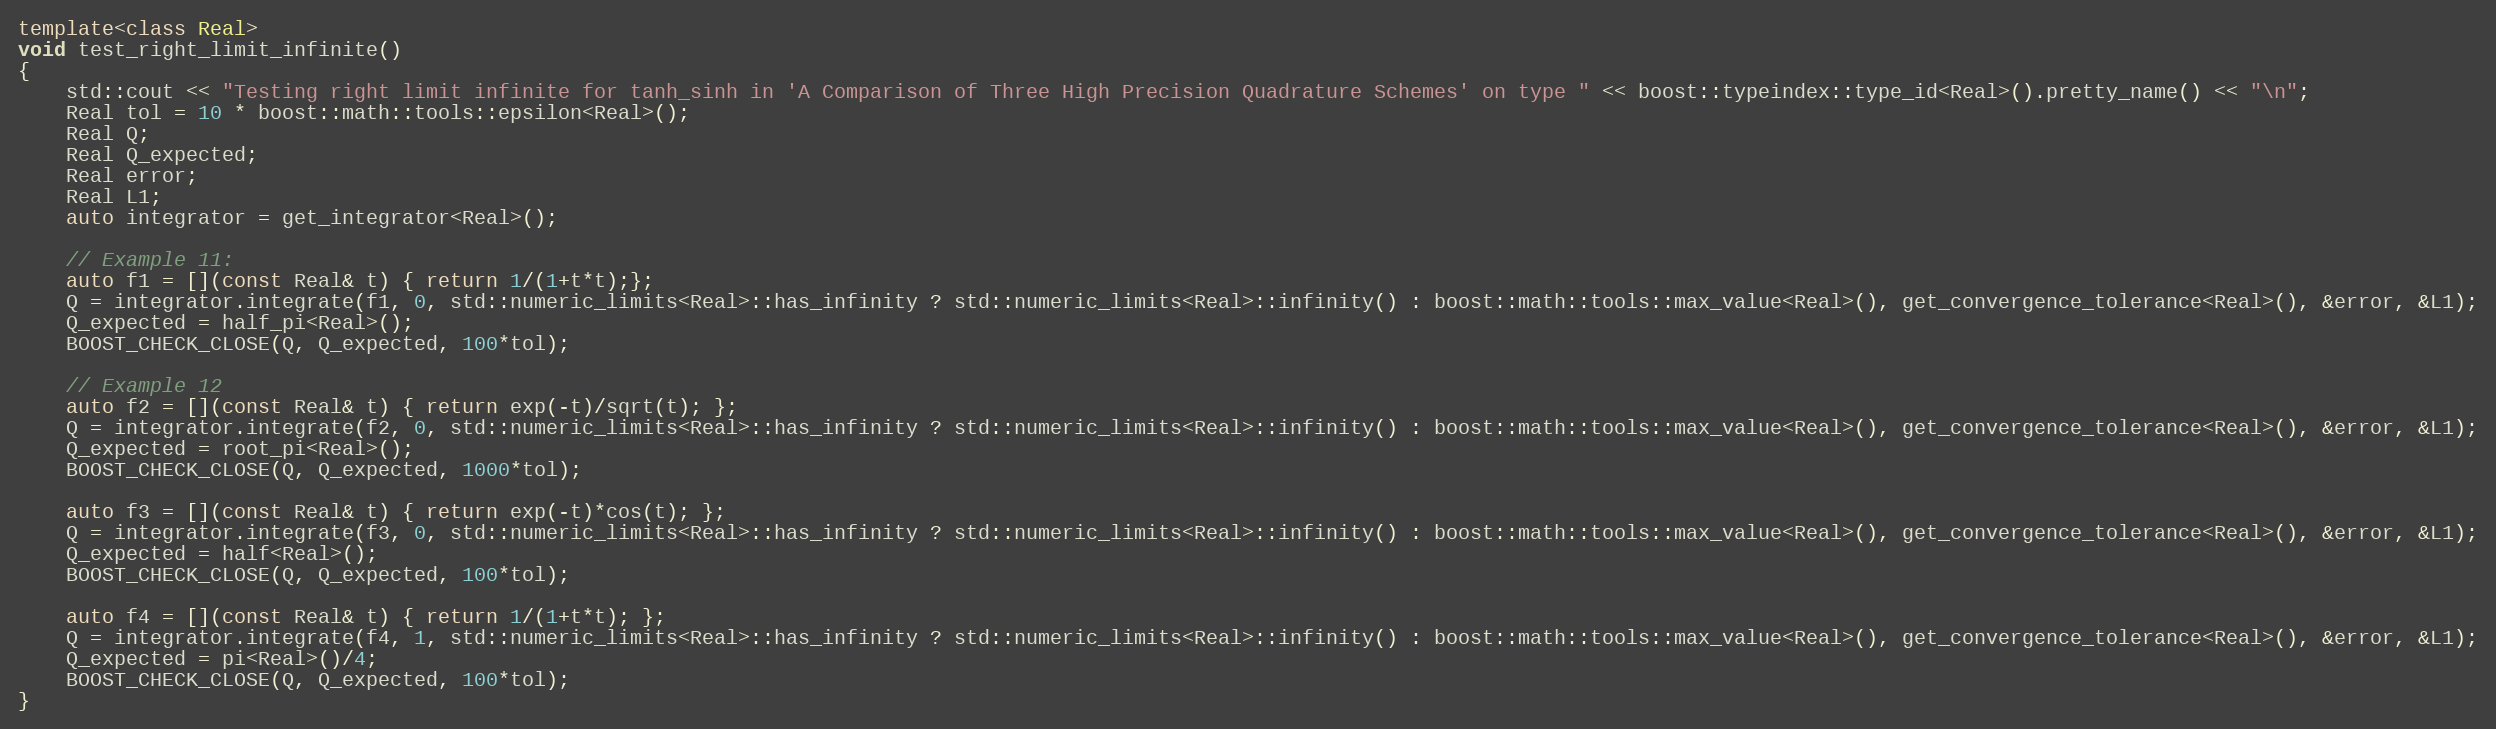
Language: C++
template<class Real>
void test_right_limit_infinite()
{
    std::cout << "Testing right limit infinite for tanh_sinh in 'A Comparison of Three High Precision Quadrature Schemes' on type " << boost::typeindex::type_id<Real>().pretty_name() << "\n";
    Real tol = 10 * boost::math::tools::epsilon<Real>();
    Real Q;
    Real Q_expected;
    Real error;
    Real L1;
    auto integrator = get_integrator<Real>();

    // Example 11:
    auto f1 = [](const Real& t) { return 1/(1+t*t);};
    Q = integrator.integrate(f1, 0, std::numeric_limits<Real>::has_infinity ? std::numeric_limits<Real>::infinity() : boost::math::tools::max_value<Real>(), get_convergence_tolerance<Real>(), &error, &L1);
    Q_expected = half_pi<Real>();
    BOOST_CHECK_CLOSE(Q, Q_expected, 100*tol);

    // Example 12
    auto f2 = [](const Real& t) { return exp(-t)/sqrt(t); };
    Q = integrator.integrate(f2, 0, std::numeric_limits<Real>::has_infinity ? std::numeric_limits<Real>::infinity() : boost::math::tools::max_value<Real>(), get_convergence_tolerance<Real>(), &error, &L1);
    Q_expected = root_pi<Real>();
    BOOST_CHECK_CLOSE(Q, Q_expected, 1000*tol);

    auto f3 = [](const Real& t) { return exp(-t)*cos(t); };
    Q = integrator.integrate(f3, 0, std::numeric_limits<Real>::has_infinity ? std::numeric_limits<Real>::infinity() : boost::math::tools::max_value<Real>(), get_convergence_tolerance<Real>(), &error, &L1);
    Q_expected = half<Real>();
    BOOST_CHECK_CLOSE(Q, Q_expected, 100*tol);

    auto f4 = [](const Real& t) { return 1/(1+t*t); };
    Q = integrator.integrate(f4, 1, std::numeric_limits<Real>::has_infinity ? std::numeric_limits<Real>::infinity() : boost::math::tools::max_value<Real>(), get_convergence_tolerance<Real>(), &error, &L1);
    Q_expected = pi<Real>()/4;
    BOOST_CHECK_CLOSE(Q, Q_expected, 100*tol);
}